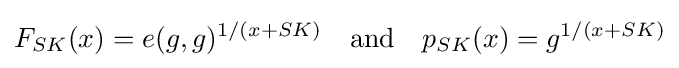
F_{SK}(x)=e(g,g)^{1/(x+SK)}\quad {\mbox{and}}\quad p_{SK}(x)=g^{1/(x+SK)}